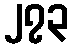
၂၇၃